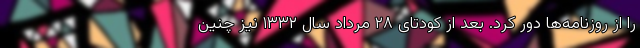
را از روزنامه‌ها دور کرد. بعد از کودتای ۲۸ مرداد سال ۱۳۳۲ نیز چنین